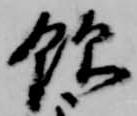
飲